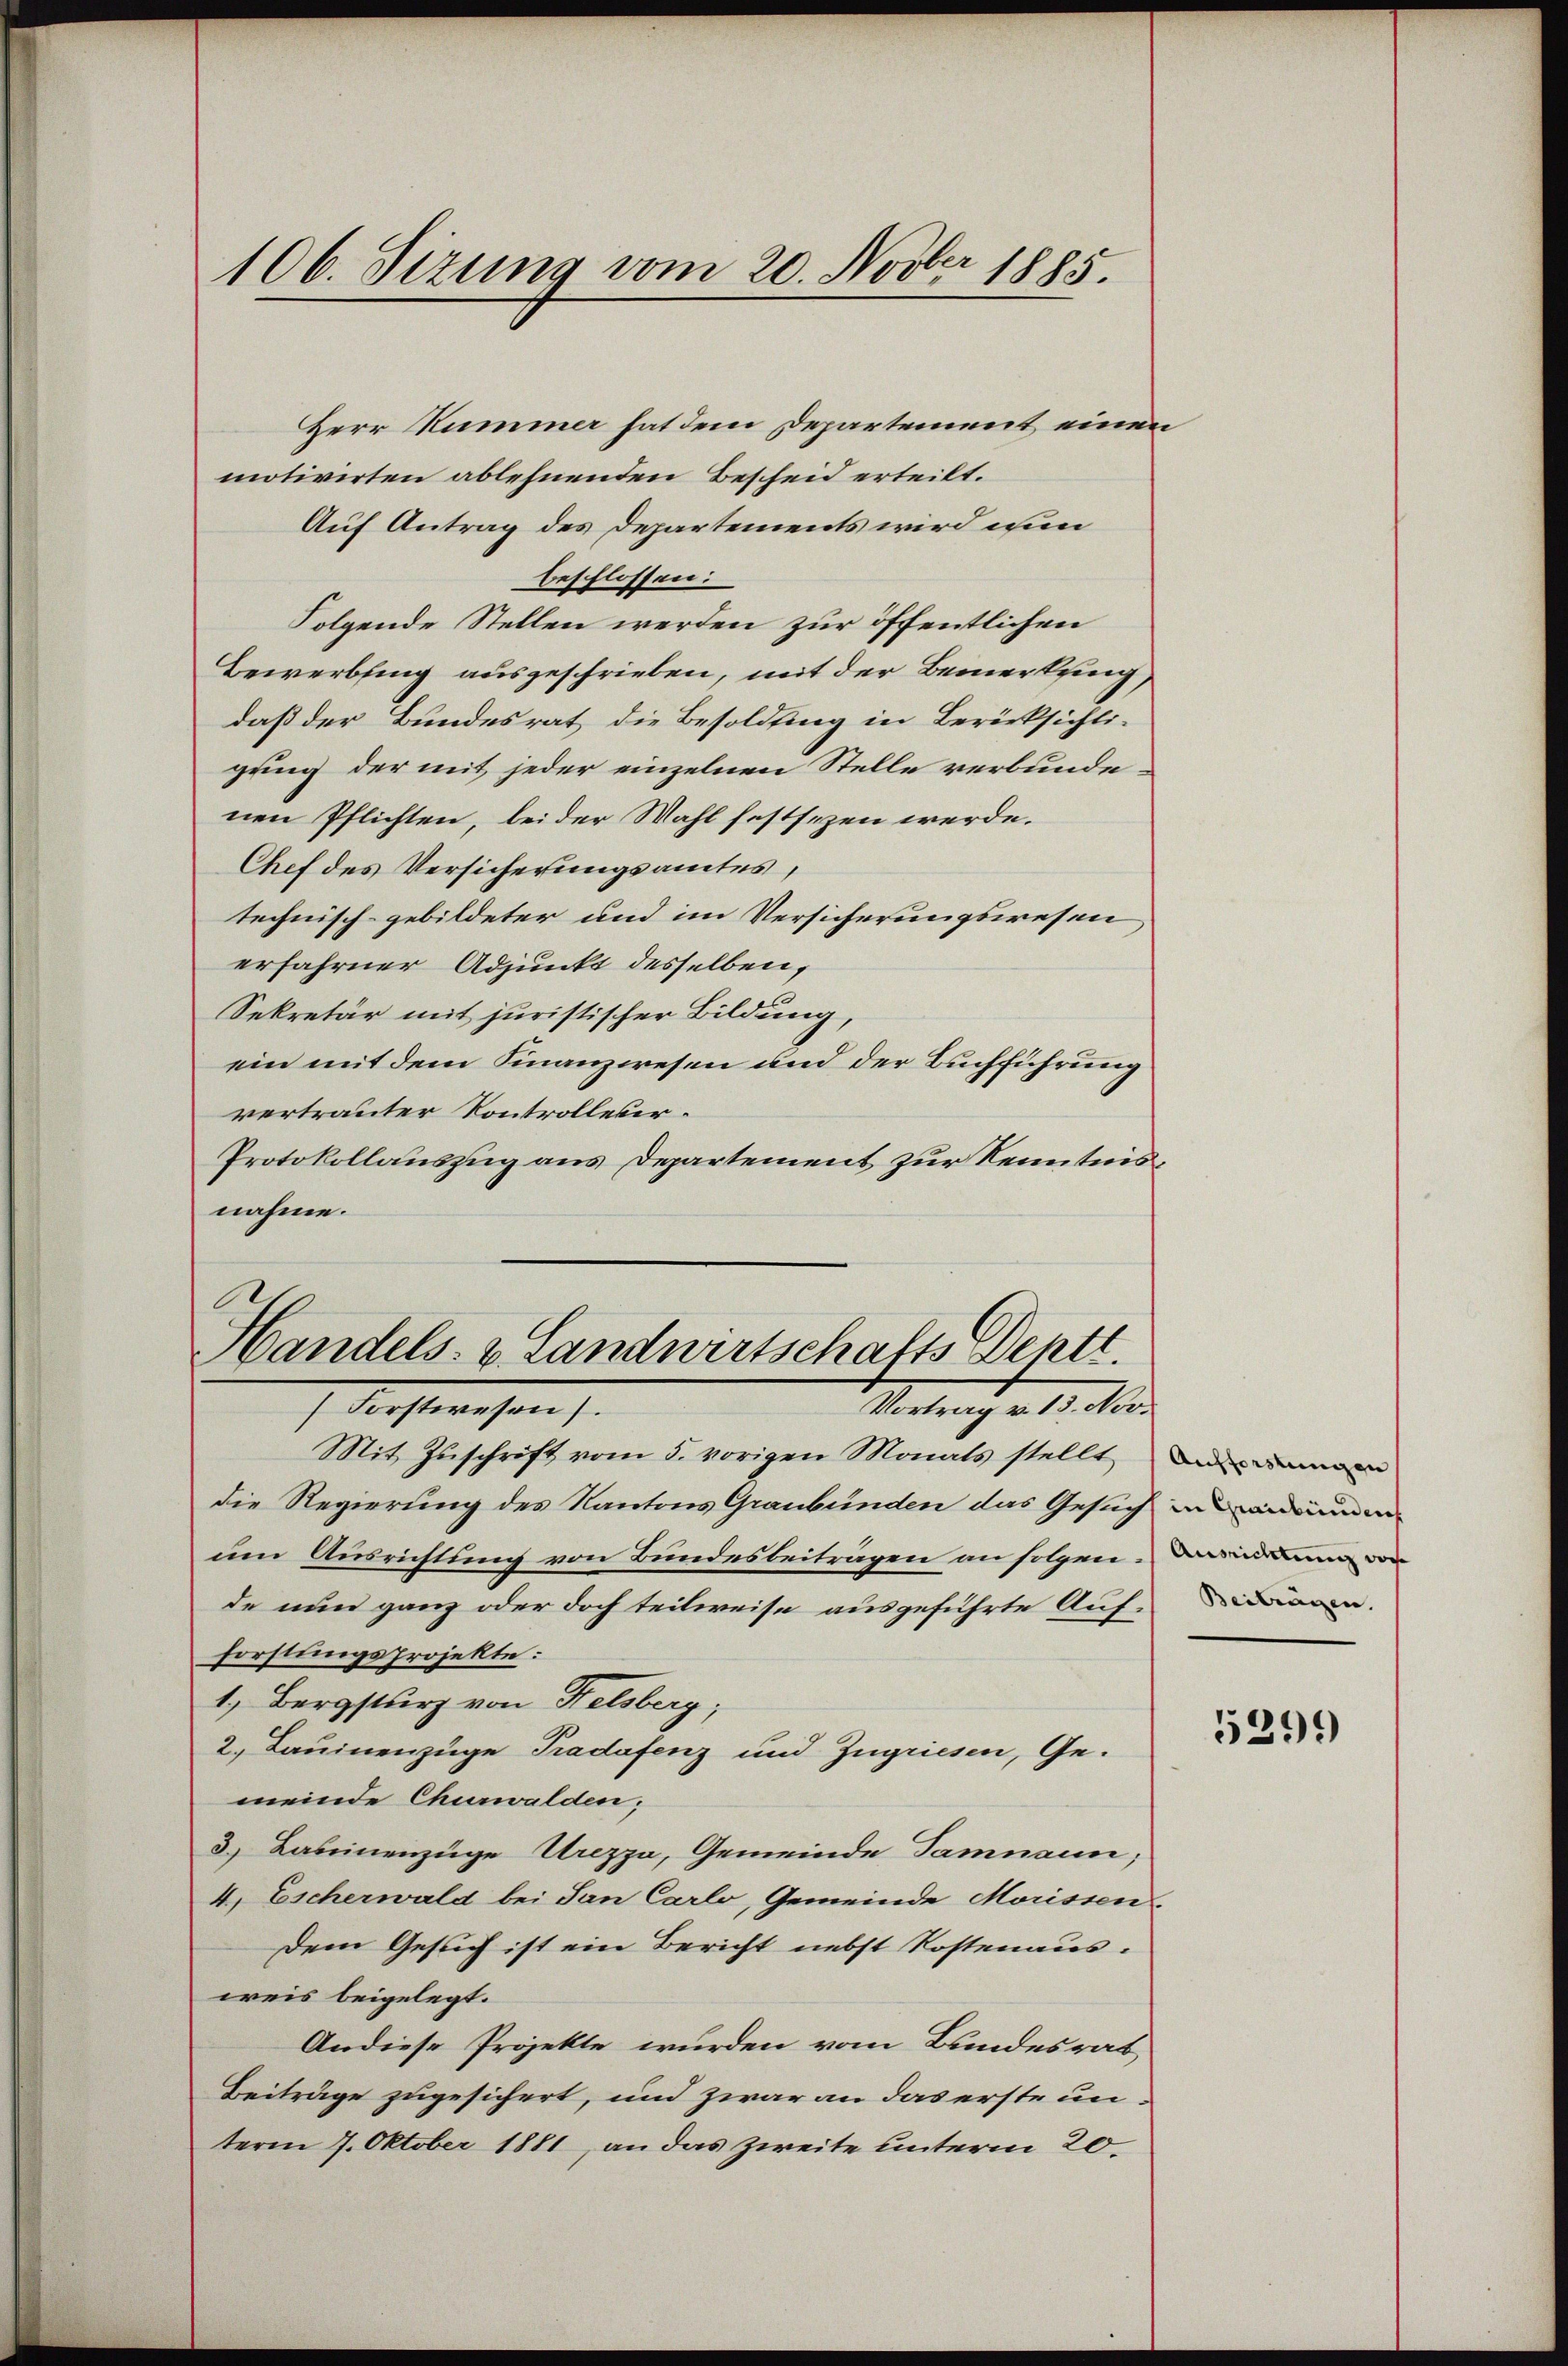
106. Sizung vom 20. Novber 1885.

Herr Kummer hat dem Departement einen
motivirten ablehnenden Bescheid erteilt.
Auf Antrag des Departements wird wen
beschlossen:
Folgende Stellen werden zur öffentlichen
Bewerbling ausgeschrieben, mit der Bemerkung
daß der Bundesrat die Besoldung in Berücksichtigung der mit jeder einzelnen Stelle verbunde
nen Pflichten, bei der Wahl festsezen werde.
Chef des Versicherungsamtes,
technisch-gebildeter und im Versicherungswesen
erfahrner Adjunkt desselben,
Sekretär mit juristischer Bildung,
ein mit dem Finanzwesen und der Buchführung
vertrauter Kontrolleter.
Protokollauszug aus Departement zur Kenntnisnahme.

.
Handels- & Landwirtschafts Deptt.
Vortrag v. 13. Nov.
 Krstwesen s

Mit Zuschrift vom 5. vorigen Monats stellt an demann
die Regierung des Kantons Graubünden das Gesuch in anden
um Ausrichtung von Bundesbeiträgen an folgen. Daradaun von
de nun ganz oder doch teilweise ausgeführte Auf-Didaren.
Forstungsprojekte:
1, Bergsturz von Felsberg;
2. Lauinenzüge Pradafenz und Zugriesen, Gemeinde Churwalden;
3.) Daseinenzüge Urezza, Gemeinde Samnaun,
4. Escherwald bei San Carlo, Gemeinde Morissen-
Dem Gesuch ist ein Bericht nebst Kostenaus.
weis beigelegt.
Andiese Projekte wurden vom Bundesrat
Beiträge zugesichert, und zwar an das erste unterm 7. Oktober 1881, an das Zweite unterm 20.

5299)